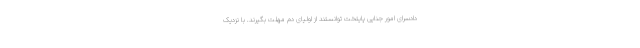
دادسرای امور جنایی پایتخت توانستند از اولیای دم مهلت بگیرند. با نزدیک